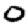
Digit: 0